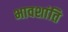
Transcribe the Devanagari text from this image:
भावशांति